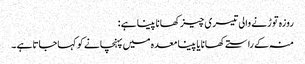
روزہ توڑنے والی تیسری چیز کھانا پینا ہے :
منہ کے راستےکھانا یا پینا معدہ میں پہنچانے کو کہاجاتاہے ۔